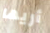
أريها